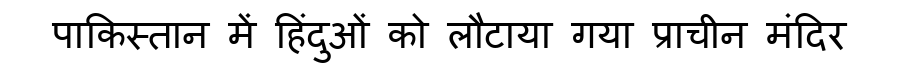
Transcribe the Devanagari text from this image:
पाकिस्तान में हिंदुओं को लौटाया गया प्राचीन मंदिर